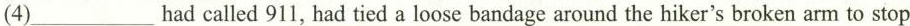
(4)___had called 911, had tied a loose bandage around the hiker's broken arm to stop